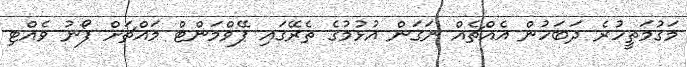
މަގުމަތީހުރެ ދަބަހުން އެއްޗެއް ނަގަން އުޅުމުގެ ތެރޭގައި ޕޭވްމަންޓް މައްޗަށް ފޯނު ވެއްޓި